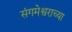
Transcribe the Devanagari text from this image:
संगमेश्वराच्या